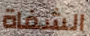
الشفاة